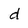
Character: d